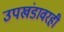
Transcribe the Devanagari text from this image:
उपखंडावरही